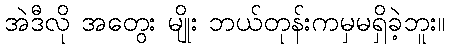
အဲဒီလို အတွေး မျိုး ဘယ်တုန်းကမှမရှိခဲ့ဘူး။